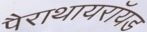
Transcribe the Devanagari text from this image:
पैराथायरॉयड